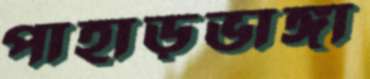
পাহাড়ভাঙ্গা